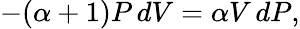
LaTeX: -(\alpha+1)P\, dV=\alpha V\, dP,